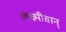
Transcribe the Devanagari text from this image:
लक्ष्मीवान्